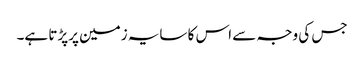
جس کی وجہ سے اس کا سایہ زمین پرپڑتا ہے۔